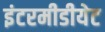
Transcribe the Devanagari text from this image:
इंटरमीडीयेट